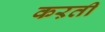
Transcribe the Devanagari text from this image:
कऱती